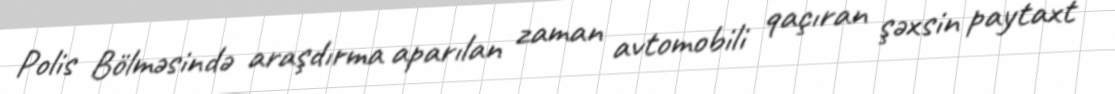
Polis Bölməsində araşdırma aparılan zaman avtomobili qaçıran şəxsin paytaxt